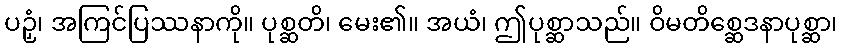
ပဉှံ၊ အကြင်ပြဿနာကို။ ပုစ္ဆတိ၊ မေး၏။ အယံ၊ ဤပုစ္ဆာသည်။ ဝိမတိစ္ဆေဒနာပုစ္ဆာ၊